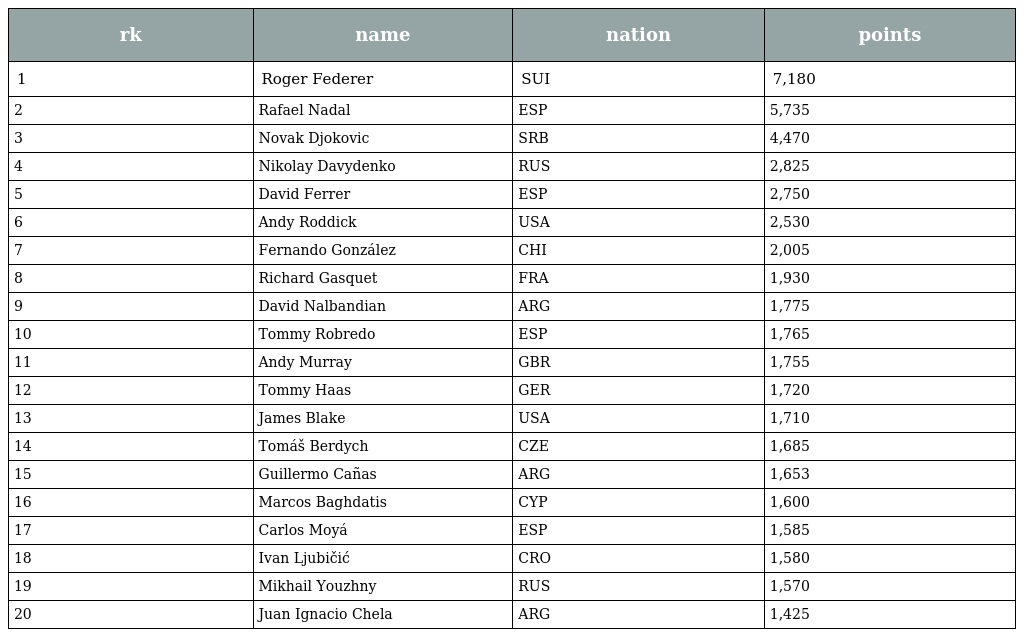
| rk | name | nation | points |
 | --- | --- | --- | --- |
 | 1 | Roger Federer | SUI | 7,180 |
 | 2 | Rafael Nadal | ESP | 5,735 |
 | 3 | Novak Djokovic | SRB | 4,470 |
 | 4 | Nikolay Davydenko | RUS | 2,825 |
 | 5 | David Ferrer | ESP | 2,750 |
 | 6 | Andy Roddick | USA | 2,530 |
 | 7 | Fernando González | CHI | 2,005 |
 | 8 | Richard Gasquet | FRA | 1,930 |
 | 9 | David Nalbandian | ARG | 1,775 |
 | 10 | Tommy Robredo | ESP | 1,765 |
 | 11 | Andy Murray | GBR | 1,755 |
 | 12 | Tommy Haas | GER | 1,720 |
 | 13 | James Blake | USA | 1,710 |
 | 14 | Tomáš Berdych | CZE | 1,685 |
 | 15 | Guillermo Cañas | ARG | 1,653 |
 | 16 | Marcos Baghdatis | CYP | 1,600 |
 | 17 | Carlos Moyá | ESP | 1,585 |
 | 18 | Ivan Ljubičić | CRO | 1,580 |
 | 19 | Mikhail Youzhny | RUS | 1,570 |
 | 20 | Juan Ignacio Chela | ARG | 1,425 |